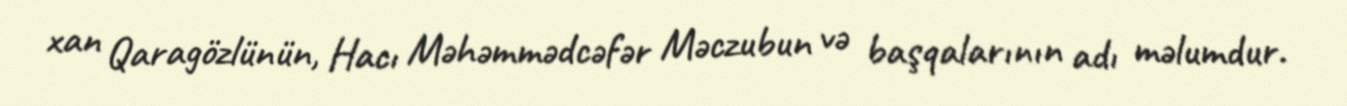
xan Qaragözlünün, Hacı Məhəmmədcəfər Məczubun və başqalarının adı məlumdur.